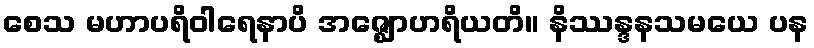
စေသ မဟာပရိဝါရေနာပိ အဇ္ဈောဟရိယတိ။ နိဿန္ဒနသမယေ ပန